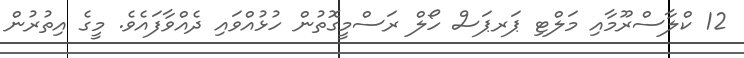
12 ކްލާސްރޫމާއި މަލްޓި ޕަރޕަސް ހޯލް ރަސްމީގޮތުން ހުޅުއްވައި ދެއްވާފައެވެ. މީގެ އިތުރުން